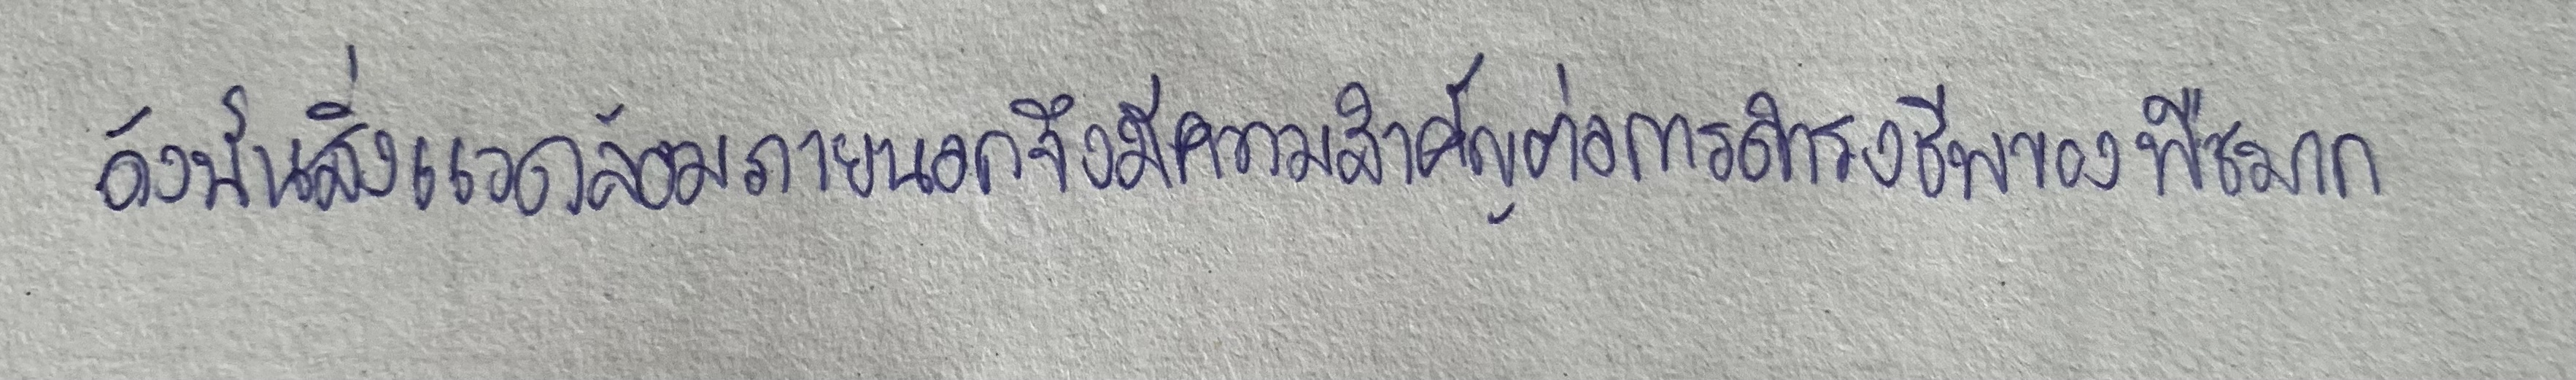
ดังนั้นสิ่งแวดล้อมภายนอกจึงมีความสำคัญต่อการดำรงชีพของพืชบกมาก